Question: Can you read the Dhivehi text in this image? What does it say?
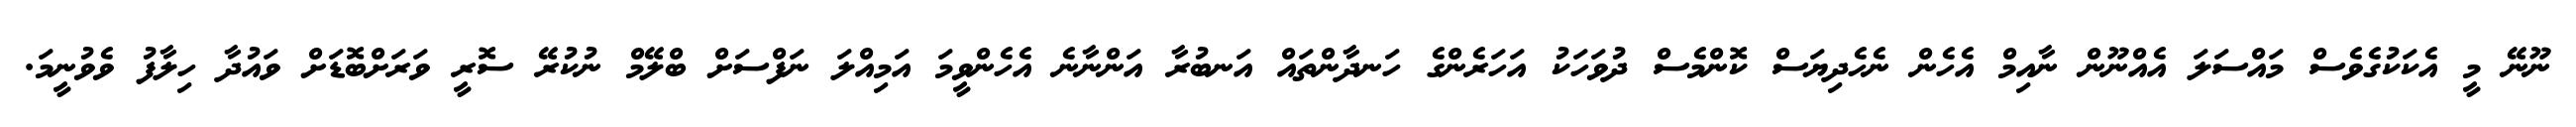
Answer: ނޫނޭ މީ އެކަކުގެވެސް މައްސަލަ އެއްނޫން ނާއިމް އެހެން ނެހެދިޔަސް ކޮންމެސް ދުވަހަކު އަހަރެންގެ ހަނދާންތައް އަނބުރާ އަންނާނެ އެހެންވީމަ އަމިއްލަ ނަފްސަށް ބްލޭމް ނުކުރޭ ސޮރީ ވަރަށްބޮޑަށް ވައުދާ ހިލާފު ވެވުނީމަ.